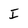
Character: I